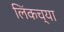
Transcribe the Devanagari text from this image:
लिंकच्या